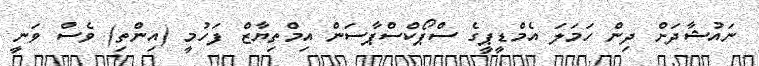
ނައުޝާދަށް ދިން ހަމަލަ އެމްޑީޕީގެ ސްޕޯކްސްޕާސަން އިމްތިޔާޒް ފަހުމީ (އިންތި) ވެސް ވަނީ